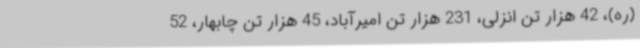
(ره)، 42 هزار تن انزلی، 231 هزار تن امیرآباد، 45 هزار تن چابهار، 52